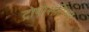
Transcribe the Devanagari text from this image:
ट्रोपोस्फ़ीयर